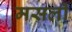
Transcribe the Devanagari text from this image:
मसली